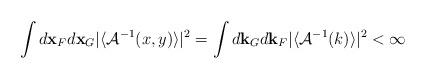
\begin{align*}\int d{\bf x}_{F}d{\bf x}_{G}\vert\langle {\cal A}^{-1}( x, y)\rangle\vert ^{2}=\int d{\bf k}_{G}d{\bf k}_{F}\vert\langle { \cal A}^{-1}(k)\rangle\vert^{2} <\infty\end{align*}